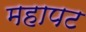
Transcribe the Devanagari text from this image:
महापट